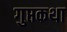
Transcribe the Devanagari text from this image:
गुप्तकथा